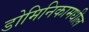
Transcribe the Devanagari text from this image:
डोमिनिकामधील